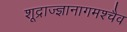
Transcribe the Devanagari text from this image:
शूद्राज्ज्ञानागमश्चैव